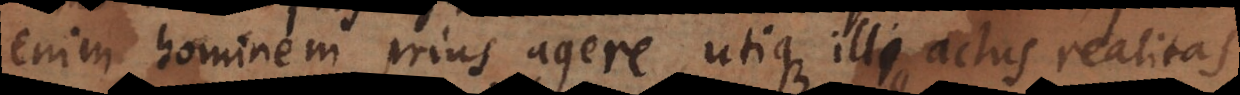
enim hominem prius agere, utique illius actus realitas